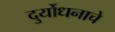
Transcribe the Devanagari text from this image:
दुर्योधनाचे